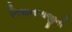
નિશાનબાજીની